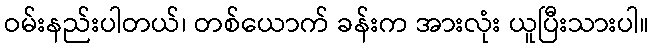
ဝမ်းနည်းပါတယ်၊ တစ်ယောက် ခန်းက အားလုံး ယူပြီးသားပါ။